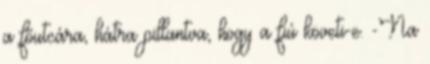
a főutcára, hátra pillantva, hogy a fiú követi-e. -Na